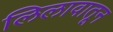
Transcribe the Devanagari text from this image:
लिलावातून